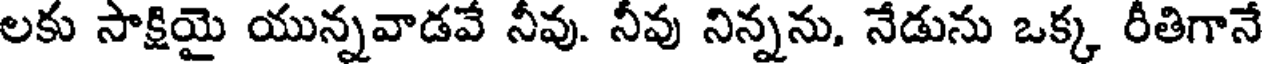
లకు సాక్షియై యున్నవాడవే నీవు. నీవు నిన్నను, నేడును ఒక్క రీతిగానే